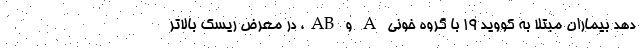
دهد بیماران مبتلا به کووید ۱۹ با گروه خونی A و AB، در معرض ریسک بالاتر